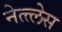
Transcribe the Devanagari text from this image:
नेत्त्लेस